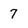
Character: 7